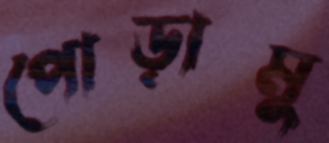
পোড়ামু